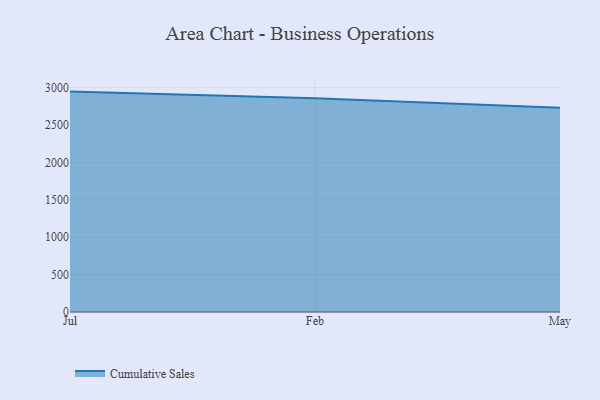
{"axis": {"x": "Month", "y": "Website Visitors"}, "legend": ["Cumulative Sales"], "data": [{"x": "Jul", "y": 2946.1, "type": "Cumulative Sales"}, {"x": "Feb", "y": 2855.8, "type": "Cumulative Sales"}, {"x": "May", "y": 2728.6, "type": "Cumulative Sales"}]}